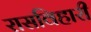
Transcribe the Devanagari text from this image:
रासविहारी